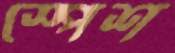
স্পেশ